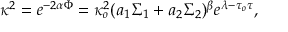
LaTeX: \kappa ^ { 2 } = e ^ { - 2 \alpha \Phi } = \kappa _ { o } ^ { 2 } ( a _ { 1 } \Sigma _ { 1 } + a _ { 2 } \Sigma _ { 2 } ) ^ { \beta } e ^ { \lambda - \tau _ { o } \tau } ,